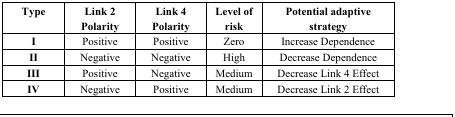
<table><thead><tr><td><b>Type</b></td><td><b>Link 2 Polarity</b></td><td><b>Link 4 Polarity</b></td><td><b>Level of risk</b></td><td><b>Potential adaptive strategy</b></td></tr></thead><tbody><tr><td><b>I</b></td><td>Positive</td><td>Positive</td><td>Zero</td><td>Increase Dependence</td></tr><tr><td><b>II</b></td><td>Negative</td><td>Negative</td><td>High</td><td>Decrease Dependence</td></tr><tr><td><b>III</b></td><td>Positive</td><td>Negative</td><td>Medium</td><td>Decrease Link 4 Effect</td></tr><tr><td><b>IV</b></td><td>Negative</td><td>Positive</td><td>Medium</td><td>Decrease Link 2 Effect</td></tr></tbody></table>